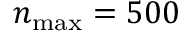
n _ { \mathrm { m a x } } = 5 0 0